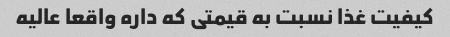
کیفیت غذا نسبت به قیمتی که داره واقعا عالیه